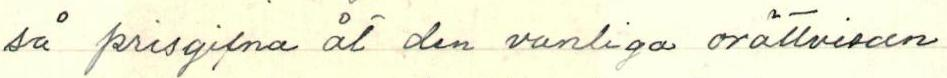
så prisgifna åt den vanliga orättvisan